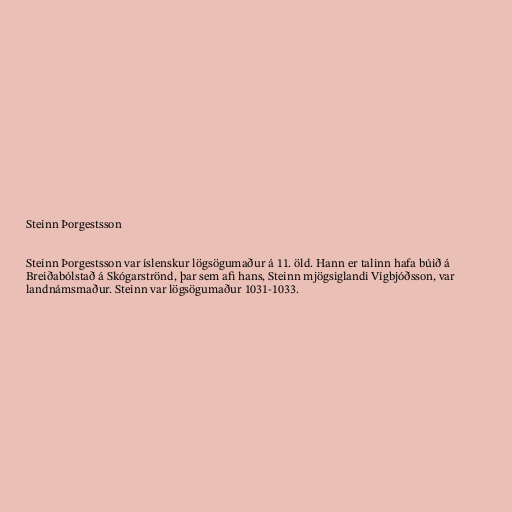
Steinn Þorgestsson

Steinn Þorgestsson var íslenskur lögsögumaður á 11. öld. Hann er talinn hafa búið á
Breiðabólstað á Skógarströnd, þar sem afi hans, Steinn mjögsiglandi Vígbjóðsson, var
landnámsmaður. Steinn var lögsögumaður 1031-1033.